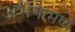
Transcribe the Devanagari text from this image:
अभंगांमध्ये